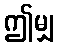
ဤမျှ